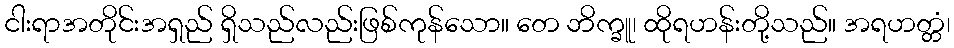
ငါးရာအတိုင်းအရှည် ရှိသည်လည်းဖြစ်ကုန်သော။ တေ ဘိက္ခူ၊ ထိုရဟန်းတို့သည်။ အရဟတ္တံ၊